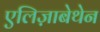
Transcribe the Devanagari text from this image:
एलिज़ाबेथेन